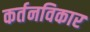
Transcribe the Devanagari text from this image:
कर्तनविकार